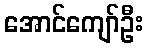
အောင်ကျော်ဦး